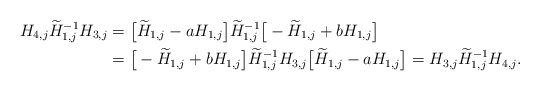
\begin{align*} H_{4,j}\widetilde H_{1,j}^{-1}H_{3,j} & = \big[ \widetilde H_{1,j} - a H_{1,j} \big] \widetilde H_{1,j}^{-1} \big[ - \widetilde H_{1,j} + b H_{1,j} \big] \\ & = \big[ -\widetilde H_{1,j} + b H_{1,j} \big] \widetilde H_{1,j}^{-1}H_{3,j} \big[ \widetilde H_{1,j} - a H_{1,j} \big] = H_{3,j}\widetilde H_{1,j}^{-1}H_{4,j}. \end{align*}